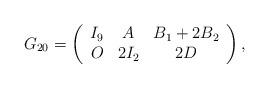
LaTeX: \begin{align*}G_{20}=\left(\begin{array}{ccc}I_9 & A & B_1+2B_2 \\O &2I_2 & 2D \\\end{array}\right),\end{align*}